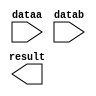
module zmult_32 (
	dataa,
	datab,
	result);

	input	[31:0]  dataa;
	input	[16:0]  datab;
	output	[48:0]  result;

endmodule